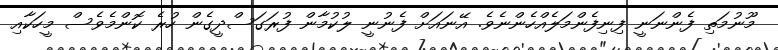
މޫނުމަތި ފެންނަނީ ފިނިފެންމަލެއްހެންނެވެ. އޭނައަށް ފެނުނީ ލުކުމާން ފުރަގަސްދީގެން ހުރެ ކޮންމެވެސް މީހަކާއި